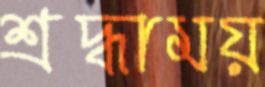
শ্রদ্ধাময়